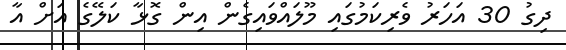
ދިގު 30 އަހަރު ވެރިކަމުގައި މޫލައްވައިގެން އިން ގޮޅާ ކަލޭގެ އަށް އާ